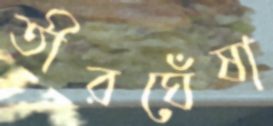
তীরঘেঁষা